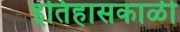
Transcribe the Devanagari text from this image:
इतिहासकाळी